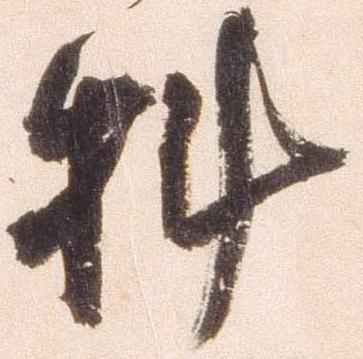
料